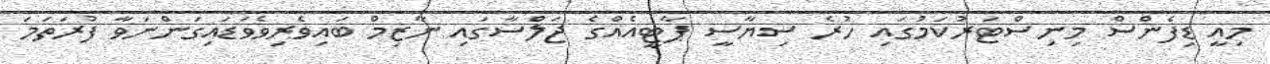
މިއީ ޑިފެންސް މިނިސްޓަރުކަމުގައި ހުރެ ސިޔާސީ ޕާޓީއެއްގެ ޖަލްސާގައި ނާޒިމް ބައިވެރިވެވަޑައިގަންނަވާ ފުރަތަމަ